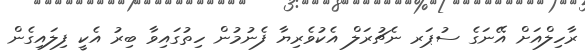
ރާހިލްއަށް އޭނަގެ ސުޕަރ ނެޗުރަލް އެކުވެރިޔާ ފެނުމުން ހިތުގައިވާ ބިރު އެކީ ފިލައިގެން